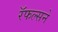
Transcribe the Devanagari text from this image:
रॅफल्सने